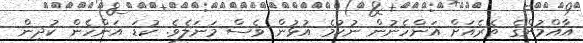
އާއްމުންގެ ތެރެއަށް އަންހެނުން ނުކުމެ އުޅުން ވެސް މަނަލެވެ. ކުޑަ އަންހެން ކުދިން